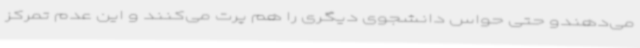
می‌دهندو حتی حواس دانشجوی دیگری را هم پرت می‌کنند و این عدم تمرکز